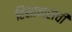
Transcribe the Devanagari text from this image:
हिंसाचाराची